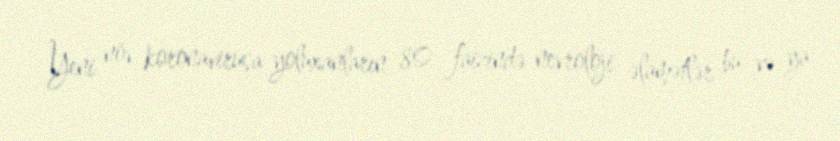
Yeni növ koronavirusa yoluxanların 80 faizində nevroloji əlamətlər bu və ya